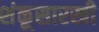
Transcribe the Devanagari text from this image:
शंकूसारखी